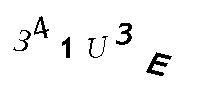
341U3E